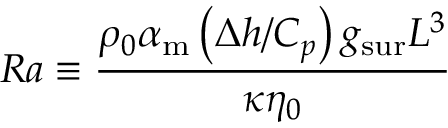
R a \equiv \frac { \rho _ { 0 } \alpha _ { \mathrm { m } } \left( \Delta h / C _ { p } \right) { g _ { \mathrm { s u r } } } L ^ { 3 } } { \kappa \eta _ { 0 } }